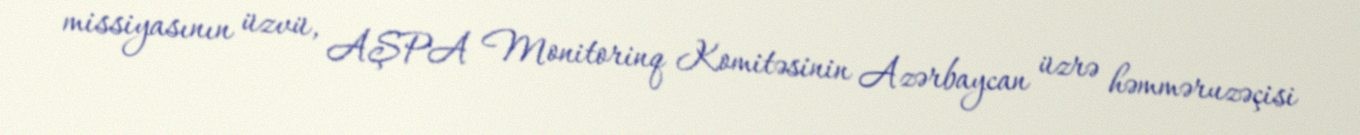
missiyasının üzvü, AŞPA Monitorinq Komitəsinin Azərbaycan üzrə həmməruzəçisi